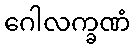
ဂေါလက္ခဏံ